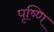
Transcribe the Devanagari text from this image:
पृष्णि